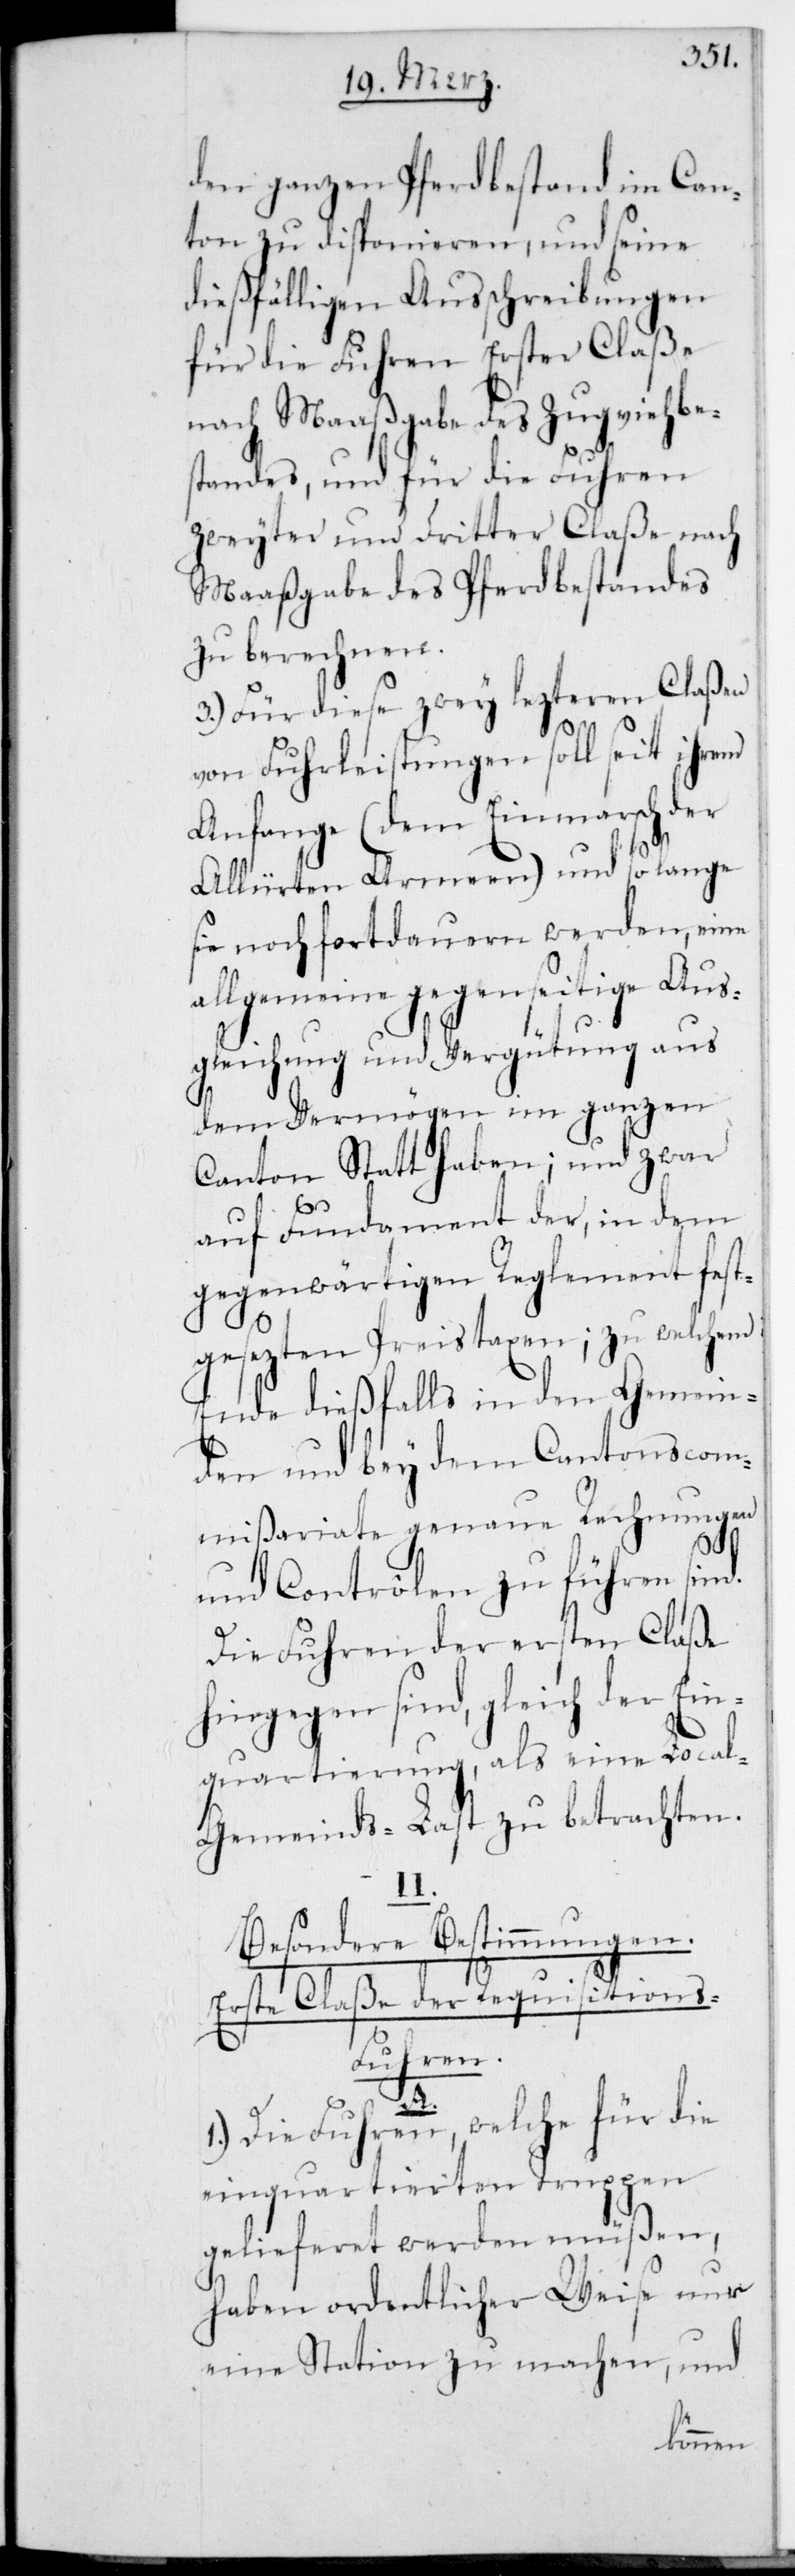
den ganzen Pferdbestand im Can¬
ton zu disponieren, und seine
dießfälligen Ausschreibungen
für die Fuhren erster Claße
nach Maaßgabe des Zugviehbe¬
standes, und für die Fuhren
zweyter und dritter Claße nach
Maaßgabe des Pferdbestandes
zu berechnen.
3.) Für diese zwey lezteren Claßen
von Fuhrleistungen soll seit ihrem
Anfange (dem Einmarsch der
Alliierten Armeen) und so lange
sie noch fortdauern werden, eine
allgemeine gegenseitige Aus¬
gleichung und Vergütung aus
dem Vermögen im ganzen
Canton statthaben; und zwar
auf Fundament der, in dem
gegenwärtigen Reglement fest¬
gesezten Preistaxen; zu welchem
Ende dießfalls in den Gemein¬
den und bey dem Cantonscom¬
mißariate genaue Rechnungen
und Contrôlen zu führen sind.
Die Fuhren der ersten Claße
hingegen sind gleich der Ein¬
quartierung, als eine Loca¬
l-Gemeinds-Last zu betrachten.
II.
Besondere Bestimmungen.
Erste Claße der Requisition¬
s-Fuhren.
A.
1.) Die Fuhren, welche für die
einquartierten Truppen
gelieferet werden müßen,
haben ordentlicher Weise nur
eine Station zu machen, und